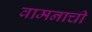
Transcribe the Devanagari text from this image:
वामनाची